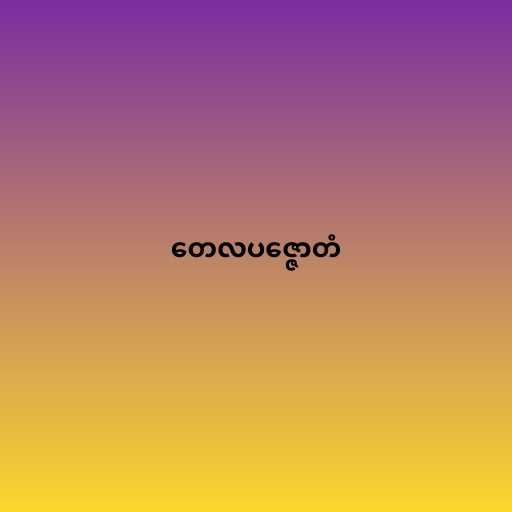
တေလပဇ္ဇောတံ